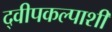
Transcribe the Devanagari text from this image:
द्वीपकल्पाशी